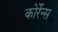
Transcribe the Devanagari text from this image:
कोर्रेन्स